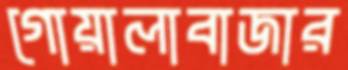
গোয়ালাবাজার